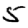
Digit: 5